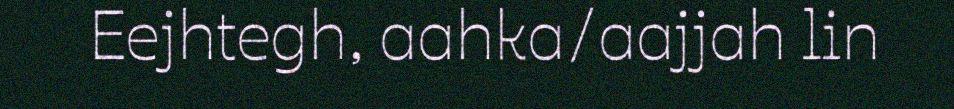
Eejhtegh, aahka/aajjah lin